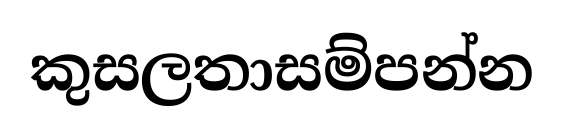
කුසලතාසම්පන්න